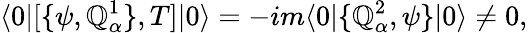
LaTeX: \langle0|[\{ \psi,\mathbb{Q}_{\alpha}^{1}\} ,T]|0\rangle=-im\langle0|\{ \mathbb{Q}_{\alpha}^{2},\psi\} |0\rangle\neq0,